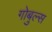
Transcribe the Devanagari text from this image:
गोबुल्स